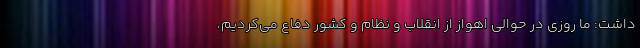
داشت: ما روزی در حوالی اهواز از انقلاب و نظام و کشور دفاع می‌کردیم،